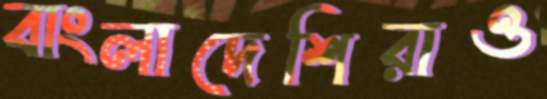
বাংলাদেশিরাও